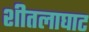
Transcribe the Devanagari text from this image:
शीतलाघाट